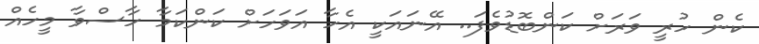
ކެން ހުރީ ވަރަށް ކަންބޮޑުވެފަ.. އޭނައަކީ އެހާ އަވަހަށް ކަންކަމާ ހާސްވާ މީހެއް